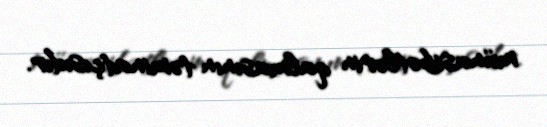
münasibətlərin qalmasının təminatçısıdır.